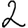
Digit: 2